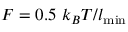
F = 0 . 5 ~ k _ { B } T / l _ { \mathrm { m i n } }